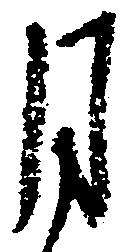
月